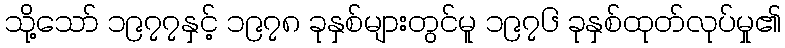
သို့သော် ၁၉၇၇နှင့် ၁၉၇၈ ခုနှစ်များတွင်မူ ၁၉၇၆ ခုနှစ်ထုတ်လုပ်မှု၏